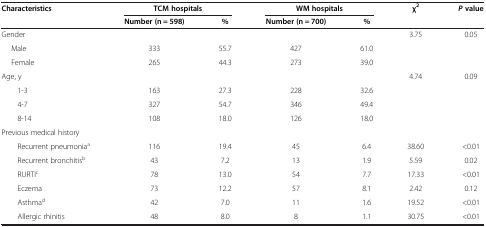
<table><thead><tr><td><b>Characteristics</b></td><td colspan="2"><b>TCM hospitals</b></td><td colspan="2"><b>WM hospitals</b></td><td><b>χ<sup>2</sup></b></td><td><b><i>P </i>value</b></td></tr><tr><td><b> </b></td><td><b>Number (n = 598)</b></td><td><b>%</b></td><td><b>Number (n = 700)</b></td><td><b>%</b></td><td><b> </b></td><td><b> </b></td></tr></thead><tbody><tr><td>Gender</td><td> </td><td> </td><td> </td><td> </td><td>3.75</td><td>0.05</td></tr><tr><td>Male</td><td>333</td><td>55.7</td><td>427</td><td>61.0</td><td> </td><td> </td></tr><tr><td>Female</td><td>265</td><td>44.3</td><td>273</td><td>39.0</td><td> </td><td> </td></tr><tr><td>Age, y</td><td> </td><td> </td><td> </td><td> </td><td>4.74</td><td>0.09</td></tr><tr><td>1-3</td><td>163</td><td>27.3</td><td>228</td><td>32.6</td><td> </td><td> </td></tr><tr><td>4-7</td><td>327</td><td>54.7</td><td>346</td><td>49.4</td><td> </td><td> </td></tr><tr><td>8-14</td><td>108</td><td>18.0</td><td>126</td><td>18.0</td><td> </td><td> </td></tr><tr><td>Previous medical history</td><td> </td><td> </td><td> </td><td> </td><td> </td><td> </td></tr><tr><td>Recurrent pneumonia<sup>a</sup></td><td>116</td><td>19.4</td><td>45</td><td>6.4</td><td>38.60</td><td>&lt;0.01</td></tr><tr><td>Recurrent bronchitis<sup>b</sup></td><td>43</td><td>7.2</td><td>13</td><td>1.9</td><td>5.59</td><td>0.02</td></tr><tr><td>RURTI<sup>c</sup></td><td>78</td><td>13.0</td><td>54</td><td>7.7</td><td>17.33</td><td>&lt;0.01</td></tr><tr><td>Eczema</td><td>73</td><td>12.2</td><td>57</td><td>8.1</td><td>2.42</td><td>0.12</td></tr><tr><td>Asthma<sup>d</sup></td><td>42</td><td>7.0</td><td>11</td><td>1.6</td><td>19.52</td><td>&lt;0.01</td></tr><tr><td>Allergic rhinitis</td><td>48</td><td>8.0</td><td>8</td><td>1.1</td><td>30.75</td><td>&lt;0.01</td></tr></tbody></table>